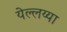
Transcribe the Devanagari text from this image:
येल्लय्या